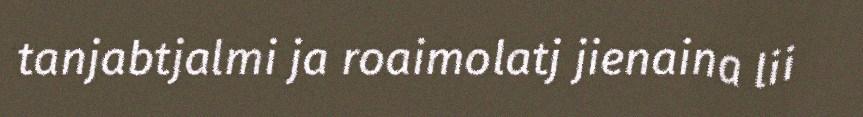
tanjabtjalmi ja roaimolatj jienaina lii